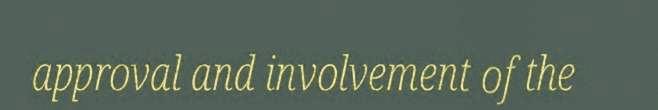
approval and involvement of the